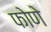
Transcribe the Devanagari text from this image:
फोणे